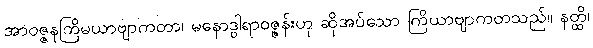
အာဝဇ္ဇနကြိမယာဗျာကတာ၊ မနောဒွါရာဝဇ္ဇန်းဟု ဆိုအပ်သော ကြိယာဗျာကတသည်။ နတ္ထိ၊